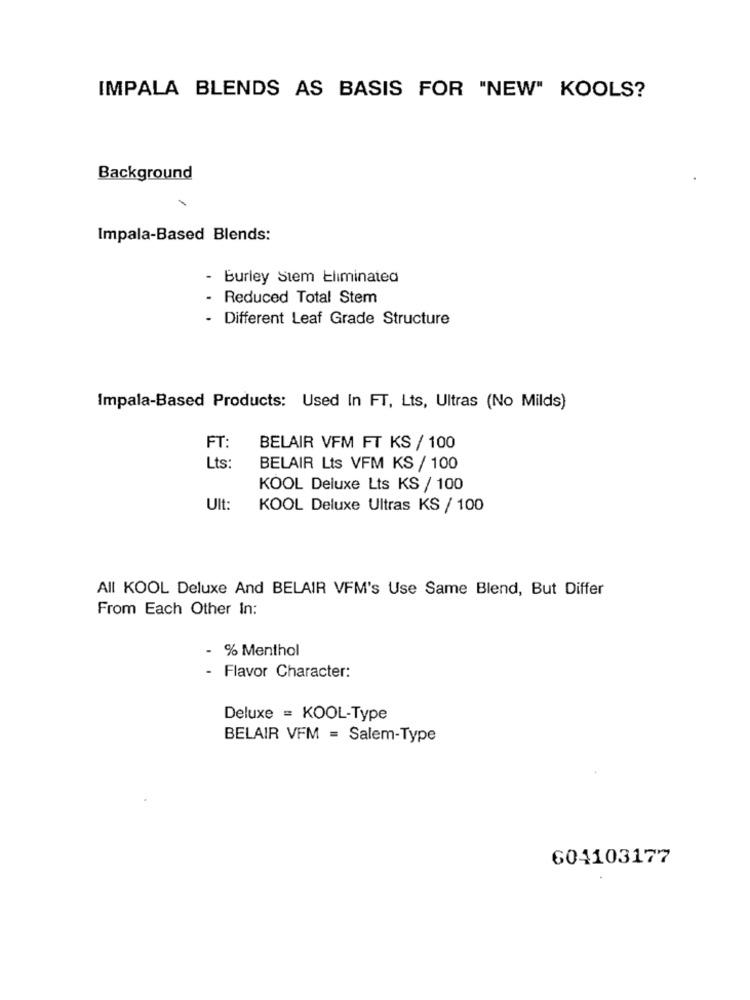
IMPALA BLENDS AS BASIS FOR "NEW" KOOLS?
Background
Impala-Based Blends:
- Burley Stem Eliminated
- Reduced Total Stem
- Different Leaf Grade Structure
Impala-Based Products: Used In FT, Lts, Ultras (No Milds)
FT:
BELAIR VFM FT KS / 100
Lts:
BELAIR Lts VFM KS / 100
KOOL Deluxe Lts KS / 100
Ult:
KOOL Deluxe Ultras KS / 100
All KOOL Deluxe And BELAIR VFM's Use Same Blend, But Differ
From Each Other In:
- % Menthol
- Flavor Character:
Deluxe = KOOL-Type
BELAIR VFM = Salem-Type
604103177